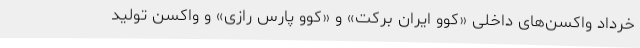
خرداد واکسن‌های داخلی «کوو ایران برکت» و «کوو پارس رازی» و واکسن تولید